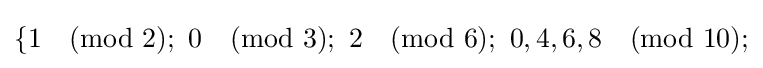
\{1{\pmod {2}};\ 0{\pmod {3}};\ 2{\pmod {6}};\ 0,4,6,8{\pmod {10}};